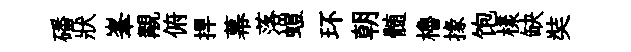
磻狀峯覯俯捍幕落螘环朝髄櫓掾饱樣缺奘